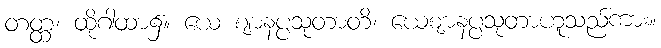
တတ္ထ၊ ထိုဂါထာ၌။ ယေ ဈာနပ္ပသုတာတိ၊ ယေဈာနပ္ပသုတာဟူသည်ကား။